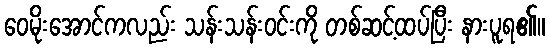
ဝေမိုးအောင်ကလည်း သန်းသန်းဝင်းကို တစ်ဆင့်ထပ်ပြီး နားပူရ၏။